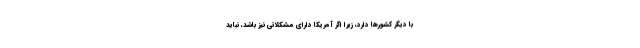
با دیگر کشورها دارد، زیرا اگر آمریکا دارای مشکلاتی نیز باشد، نباید